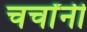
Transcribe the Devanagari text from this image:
चर्चांनी